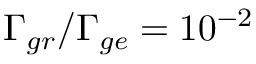
\Gamma _ { g r } / \Gamma _ { g e } = 1 0 ^ { - 2 }